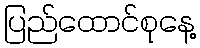
ပြည်ထောင်စုနေ့